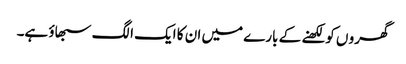
گھرو ں کو لکھنے کے بارے میں ان کا ایک الگ سبھاؤ ہے۔